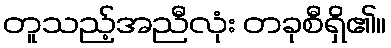
တူသည့်အညီလုံး တခုစီရှိ၏။